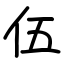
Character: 伍